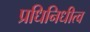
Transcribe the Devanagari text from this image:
प्रधिनिधीत्व